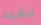
عقيد